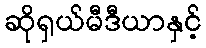
ဆိုရှယ်မီဒီယာနှင့်